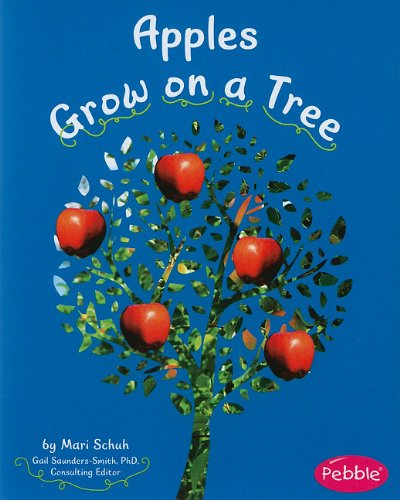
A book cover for Apples Grow on a Tree (How Fruits and Vegetables Grow); Mari Schuh; Children's Books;